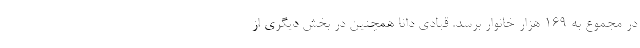
در مجموع به ۱۶۹ هزار خانوار برسد. قبادی دانا همچنین در بخش دیگری از